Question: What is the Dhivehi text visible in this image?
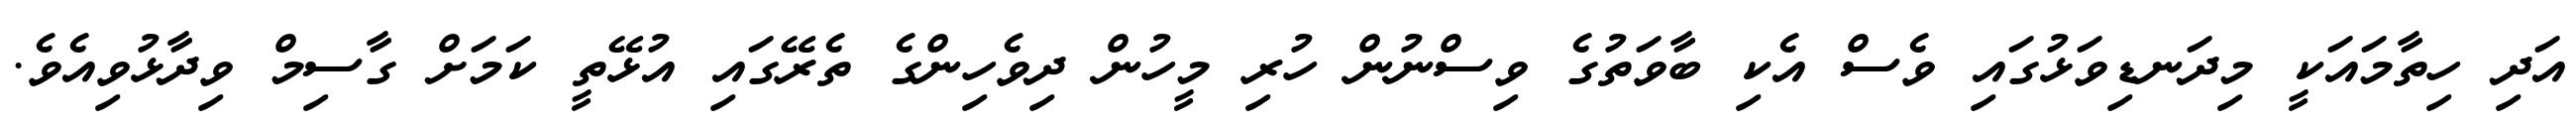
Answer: އަދި ހިތާމައަކީ މިދަނޑިވަޅުގައި ވެސް އެކި ބާވަތުގެ ވިސްނުން ހުރި މީހުން ދިވެހިންގެ ތެރޭގައި އުޅޭތީ ކަމަށް ގާސިމް ވިދާޅުވިއެވެ.